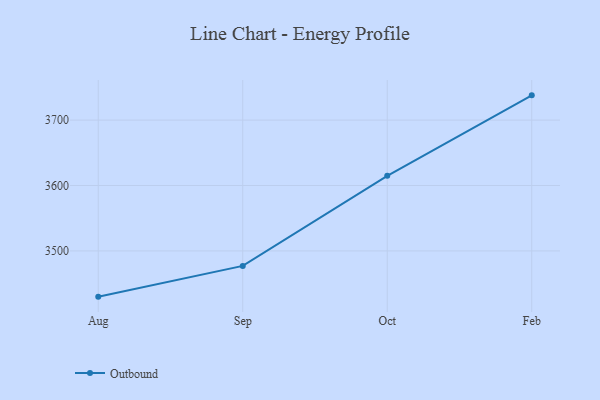
{"axis": {"x": "Month", "y": "Operating Costs (USD K)"}, "legend": ["Outbound"], "data": [{"x": "Aug", "y": 3430.1, "type": "Outbound"}, {"x": "Sep", "y": 3477.1, "type": "Outbound"}, {"x": "Oct", "y": 3614.8, "type": "Outbound"}, {"x": "Feb", "y": 3737.8, "type": "Outbound"}]}